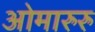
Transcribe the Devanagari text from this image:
ओमारुरु